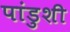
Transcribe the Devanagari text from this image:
पांडुशी